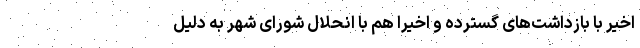
اخیر با بازداشت‌های گسترده و اخیرا هم با انحلال شورای شهر به دلیل